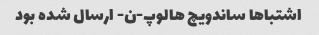
اشتباها ساندویچ هالوپ-ن- ارسال شده بود